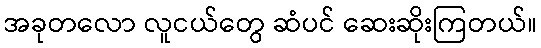
အခုတလော လူငယ်တွေ ဆံပင် ဆေးဆိုးကြတယ်။